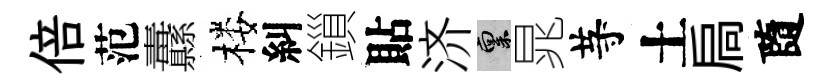
倍范纛楼糾鎻貼济禀晁䒭土扃隨